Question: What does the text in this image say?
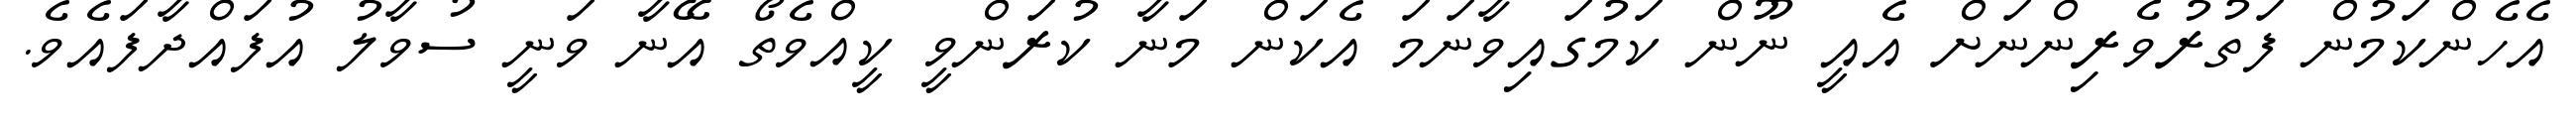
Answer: އެހެންކަމުން ފަތުރުވެރިންނަށް އެއީ ނޫން ކަމުގައިވާނަމަ އެކަން މަނާ ކުރަންވީ ކީއްވެތޯ އޭނާ ވަނީ ސުވާލު އުފައްދާފައެވެ.